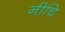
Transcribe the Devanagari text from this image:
नीचि